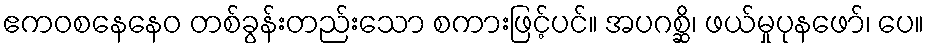
ဧကဝစနေနေဝ တစ်ခွန်းတည်းသော စကားဖြင့်ပင်။ အပဂစ္ဆိ၊ ဖယ်မှုပုနဖော်၊ ပေ။